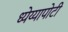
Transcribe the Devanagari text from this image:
ध्‍येय्यापोटी